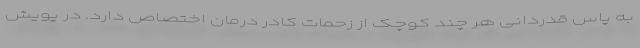
به پاس قدردانی هر چند کوچک از زحمات کادر درمان اختصاص دارد. در پویش